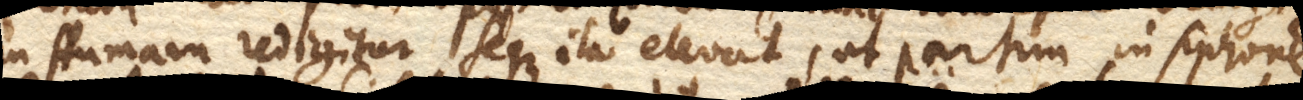
in spumam redigitur seque ita elevat, ut partim in siphonem